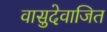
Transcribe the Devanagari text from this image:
वासुदेवाजित